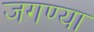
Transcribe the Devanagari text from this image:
जगण्या